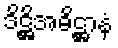
ဒိဋ္ဌိအဓိဋ္ဌာနံ